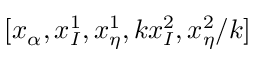
[ x _ { \alpha } , x _ { I } ^ { 1 } , x _ { \eta } ^ { 1 } , k x _ { I } ^ { 2 } , x _ { \eta } ^ { 2 } / k ]